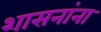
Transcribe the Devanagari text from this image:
शासनांना